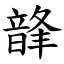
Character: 韸